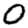
Digit: 0